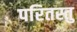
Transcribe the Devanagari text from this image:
परितस्तु